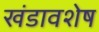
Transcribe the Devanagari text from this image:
खंडावशेष